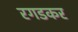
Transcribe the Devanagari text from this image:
रगडकर